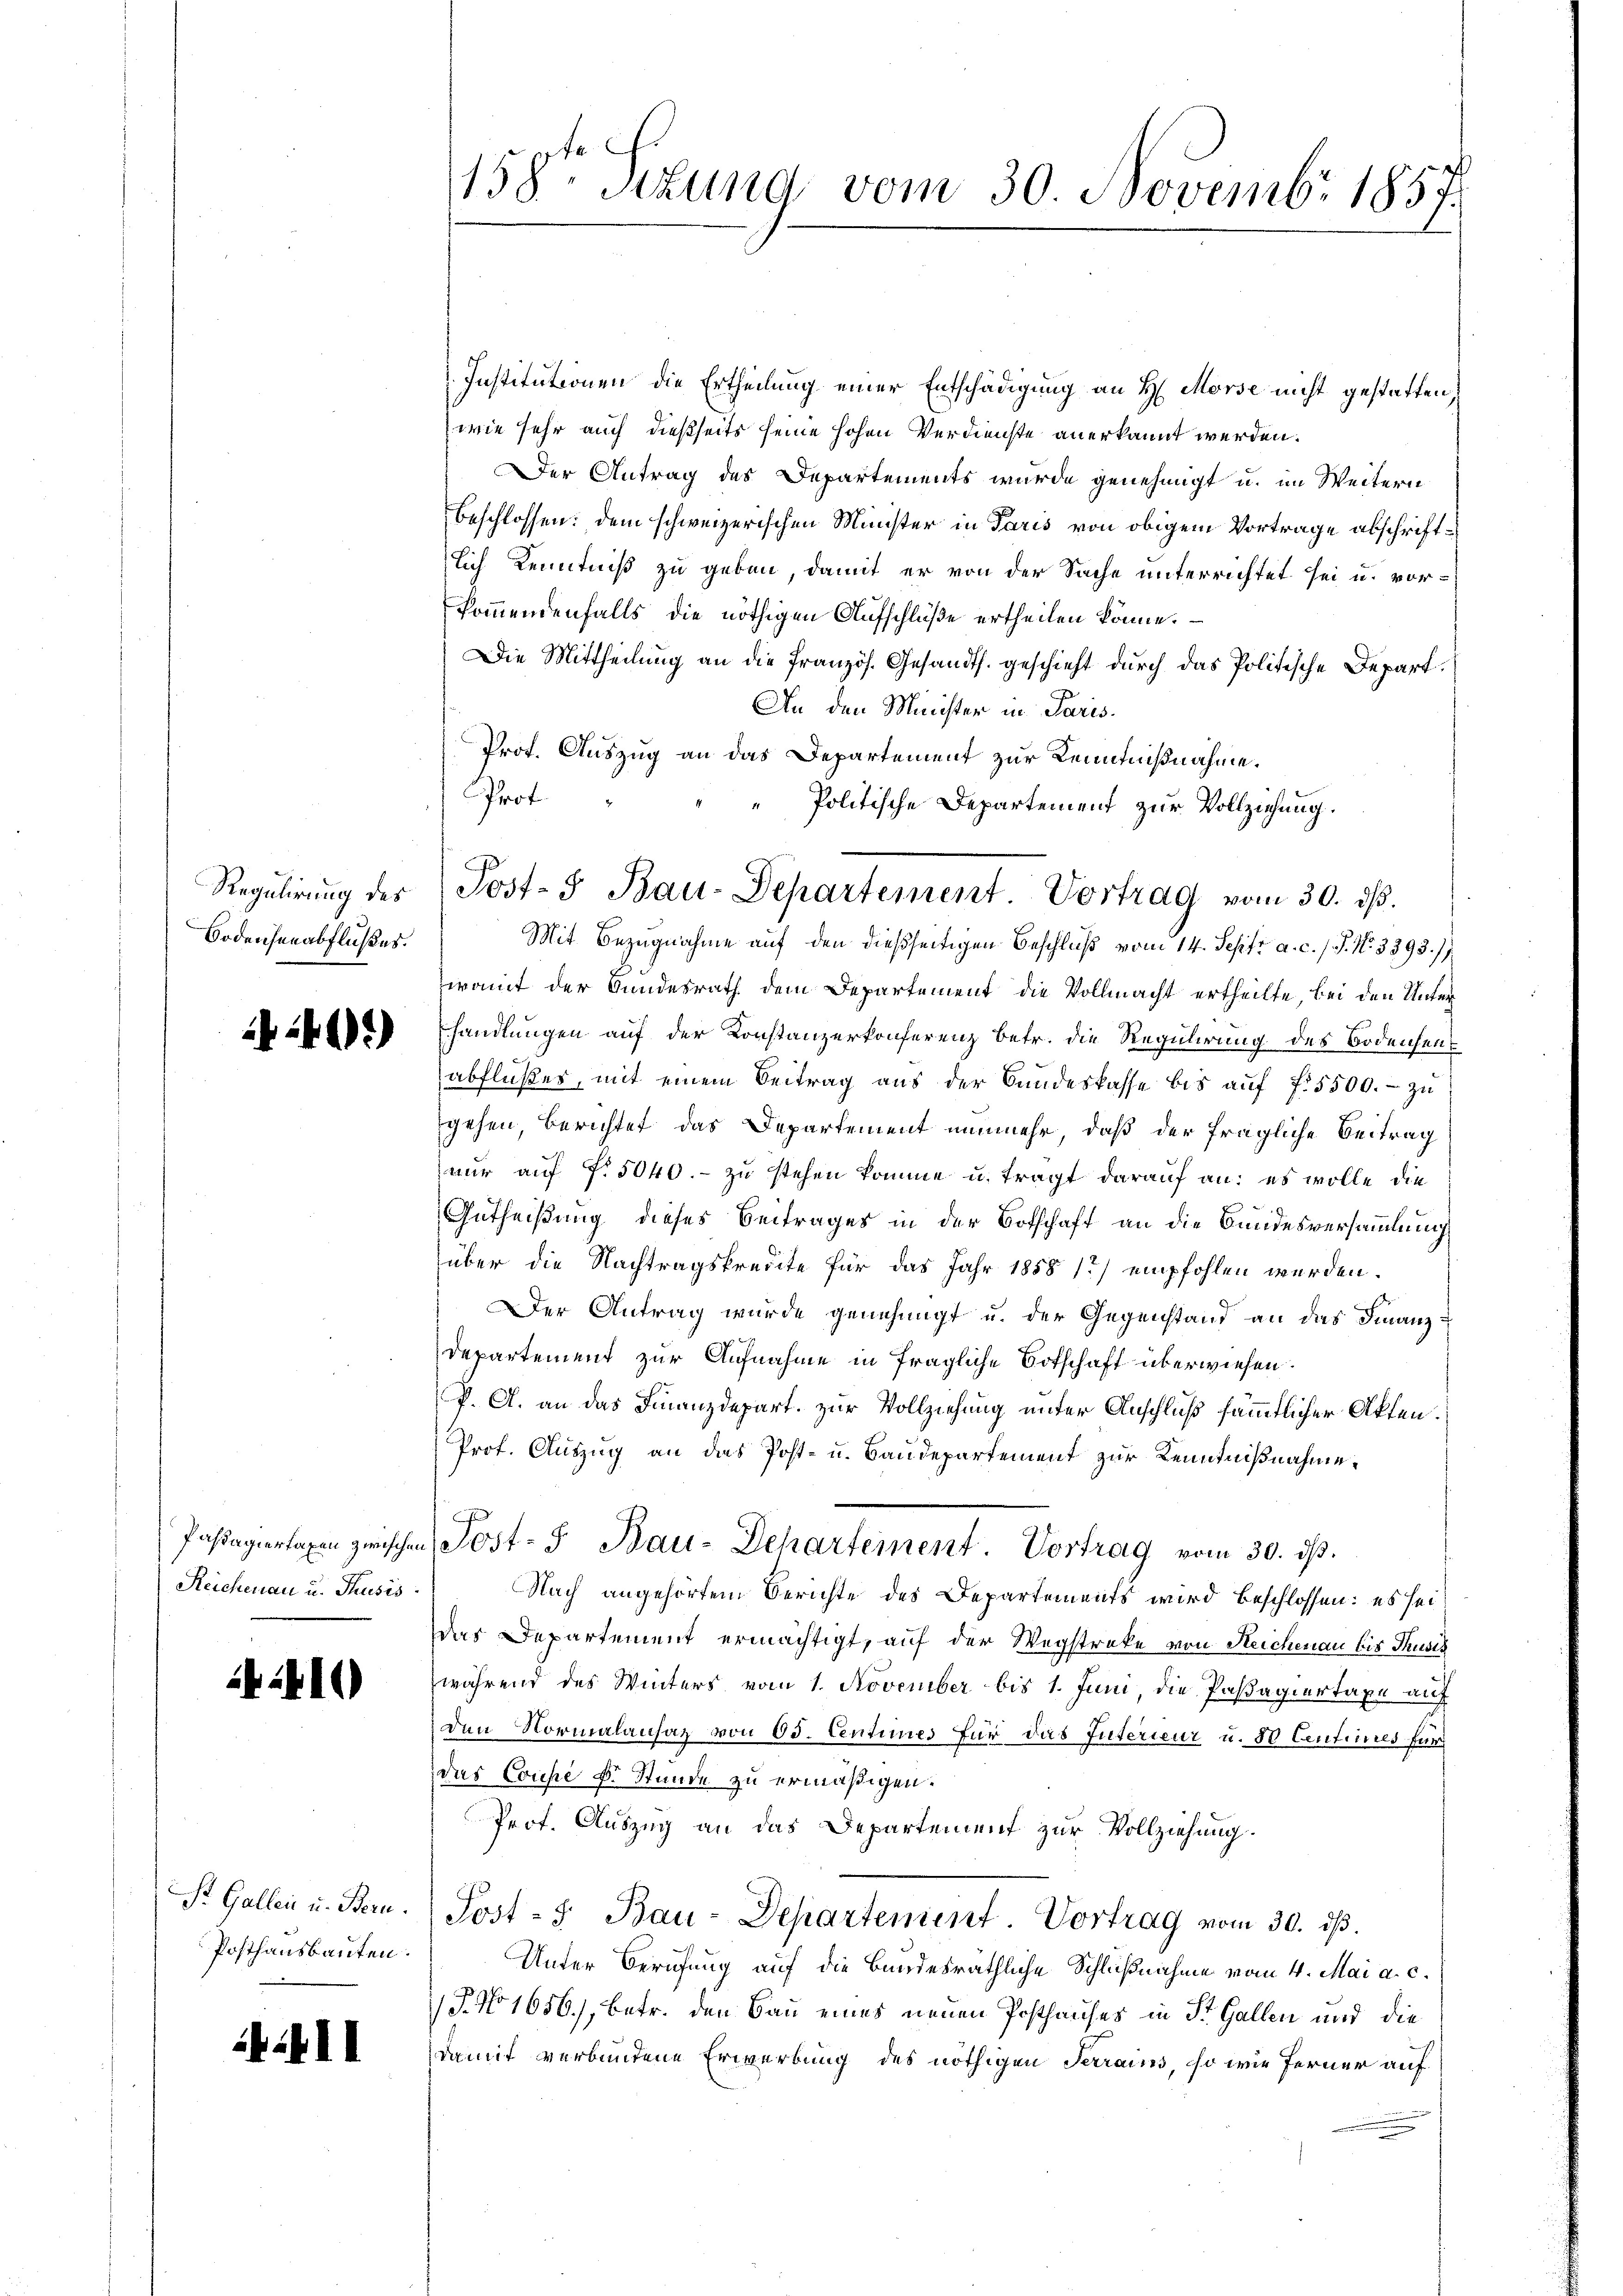
Regulirung des
Bodensenabflußes.

40.)

Reichenau u. Thusis

4410

St. Gallen u. Bern.
Posthausbauten.

4411

c
158 sezung vom 30. Novembr 1857

Institutionen die Ertheilung einer Entschädigung an H. Morse nicht gestatten,
wie sehr auch dießseits seine hohen Verdienste anerkannt werden.
Der Antrag des Departements wurde genehmigt u. im Weitern
beschlossen: dem schweizerischen Minister in Paris von obigem Vortrage abschriftlich Kenntniß zu geben, damit er von der Sache unterrichtet sei u. vor-
kommendenfalls die nöthigen Aufschlüße ertheilen könne.
Die Mittheilung an die Französ. Gesandts. geschieht durch das Politische Depart.
An den Minister in Paris.
Prof. Auszug an das Departement zur Kenntnißnahme.
Mit Bezugnahme auf den dießseitigen Beschluß vom 14. Septr a. c. / S. Nr. 3393. /
wramt der Bundesrath dem Departement die Vollmacht ertheilte, bei den Unterhandlungen auf der Konstanzerkonferenz betr. die Regulirung des Bodensenabflußes, mit einem Beitrag aus der Bundeskasse bis auf fl. 5500.- zu
gehen, Berichtet das Departement nunmehr, daß der fragliche Beitrag
nur auf f: 5040.- zu stehen komme u. tragt darauf an: es wolle die
Gutheißung dieses Beitrages in der Botschaft an die Bundesversammlung
über die Nachtragskreute für das Jahr 1858 1) empfohlen werden.
Der Antrag wurde genehmigt u. der Gegenstand an das Finanz¬
Departement zur Aufnahme in fragliche Botschaft überwiesen.
P. A. an das Finanzdepart. zur Vollziehung unter Anschluß sämmtlicher Akten.
Prof. Auszug an das Post- u. Baudepartement zur Kenntnißnahme,
Passagiertaxen zwischen Post- u Bau- Departement Vortrag vom 30. dβ.
Nach angehörtem Berichte des Departements wird beschlossen: es sei
das Departement ermächtigt, auf der Wegstreke von Reichenau bis Thusis
während des Winters vom 1. November bis 1. Juni, die Passagiertaxe auf
den Normalansatz von 63. Centimes für das Interieur u. 80 Centries für
das Coupé k. Stunde zu ermäßigen.
Prof. Auszug an das Departement zur Vollziehung.
Post-5 Bau-Departement. Vortrag vom 30. ds.
Unter Berufung auf die Bundesräthliche Schlußnahme vom 4. Mai a. c.
P. No 1656), betr. den Bau eines neuen Posthauses in St. Gallen und die
damit verbundene Erwerbung des nöthigen Terrains, so wie ferner auf

Prof.
Politische Departement zur Vollziehung.
Post- & Bau-Departement Vortrag vom 30. dβ.